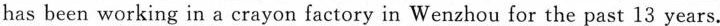
has been working in a crayon factory in Wenzhou for the past 13 years.